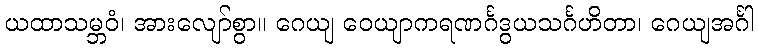
ယထာသမ္ဘဝံ၊ အားလျော်စွာ။ ဂေယျ ဝေယျာကရဏင်္ဂဒွယသင်္ဂဟိတာ၊ ဂေယျအင်္ဂါ